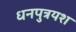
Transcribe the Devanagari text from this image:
धनपुत्रयश